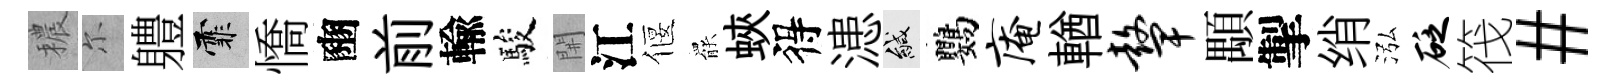
穠尓軆霏憍豳前輸駿𨳩江偃罷蛺得漶緘鸚庵輶鼙顒掣绡泓砭筏#